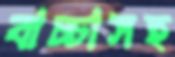
বাচ্চাসহ